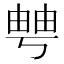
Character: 𤲀